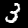
Digit: 3